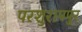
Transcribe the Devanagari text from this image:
परशुरामपुर